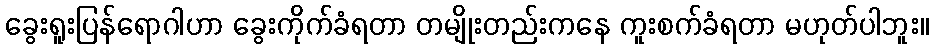
ခွေးရူးပြန်ရောဂါဟာ ခွေးကိုက်ခံရတာ တမျိုးတည်းကနေ ကူးစက်ခံရတာ မဟုတ်ပါဘူး။